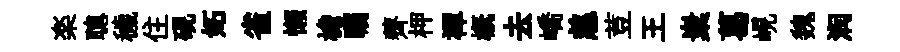
楽聰穢住硯妬雀懒檐瞩薺柙襌槪去嶠慈荳王嶪葛峴魏润